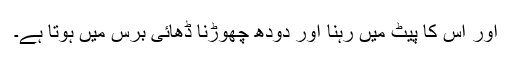
اور اس کا پیٹ میں رہنا اور دودھ چھوڑنا ڈھائی برس میں ہوتا ہے۔